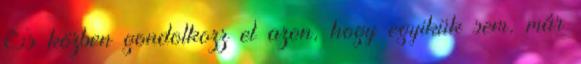
És közben gondolkozz el azon, hogy egyikük sem, már